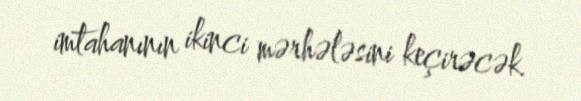
imtahanının ikinci mərhələsini keçirəcək.